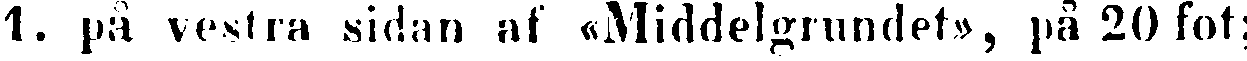
1. på vestra sidan af «Middelgrundet», på 20 fot;